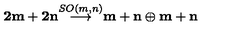
{ \bf { 2 m + 2 n } } { \stackrel { S O ( m , n ) } { \longrightarrow } } { \bf { m + n } } \oplus { \bf { m + n } }